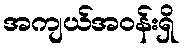
အကျယ်အဝန်းရှိ